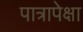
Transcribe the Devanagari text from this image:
पात्रापेक्षा